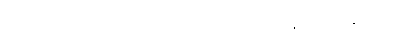
ဦးဝီရသူကဲ့သို့ ၁၄:၄၅ ပိတ်ပင်ထားမှုကြောင့် ပျံ့နှံ့သွားခြင်းကြောင့်